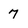
Character: 7